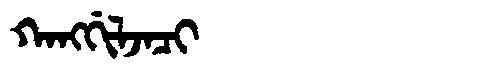
Manchu: ᡴᠠᠩᡤᡳᠯᠵᠠᠴᡳ
Romanization: KANGGILJACI